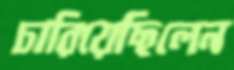
চারিয়েছিলেন